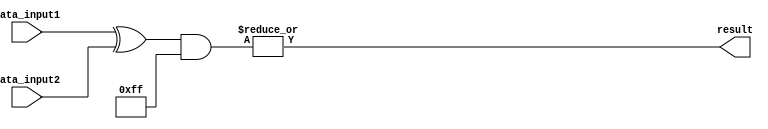
module serial_comparator(
    input [7:0] data_input1,
    input [7:0] data_input2,
    output reg result
);

reg [7:0] xor_result;
reg [7:0] and_result;

initial begin
    xor_result = data_input1 ^ data_input2;
    and_result = xor_result & {8{1'b1}}; // All 1's for AND operation
    result = |and_result; // OR operation to get single bit result
end

endmodule